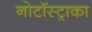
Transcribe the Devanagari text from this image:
नोटॉस्ट्राका